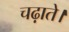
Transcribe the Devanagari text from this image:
चढ़ाते।